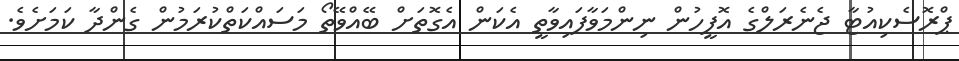
ޕްރޮސެކިއުޓާ ޖެނެރަލްގެ އޮފީހުން ނިންމަވާފައިވާތީ އެކަން އެގޮތަށް ބޭއްވޭތޯ މަސައްކަތްކުރަމުން ގެންދާ ކަމަށެވެ.